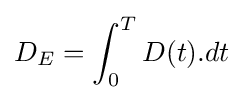
D_{E}=\int _{0}^{T}D(t).dt